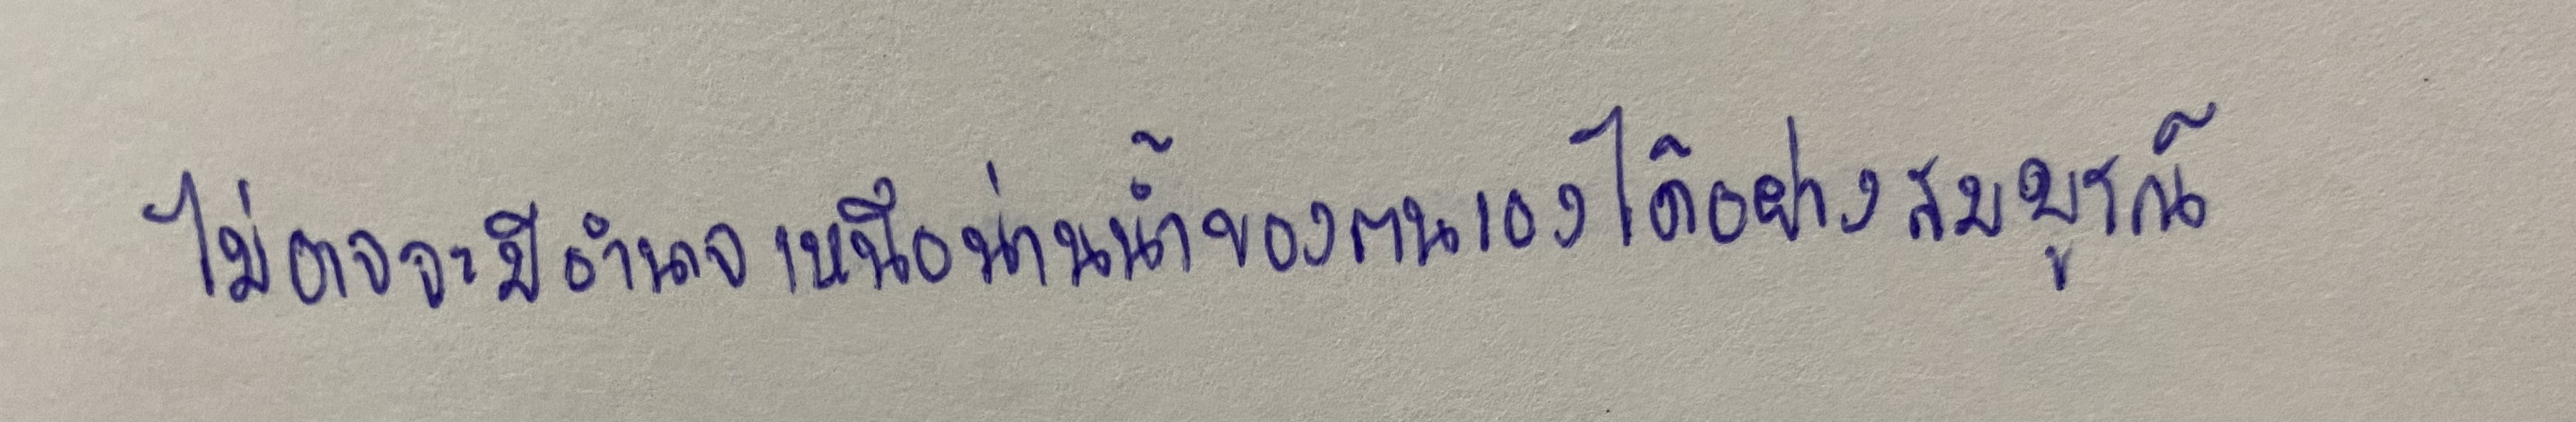
ไม่อาจจะมีอำนาจเหนือน่านน้ำของตนเองได้อย่างสมบูรณ์